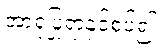
အာရုံပြုရာနှင့်စပ်၍